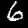
Digit: 6